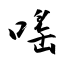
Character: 嗂